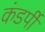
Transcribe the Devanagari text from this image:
कंडर्पी